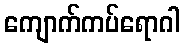
ကျောက်ကပ်ရောဂါ